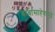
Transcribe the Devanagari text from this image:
बाबासाहेबांपुढे